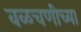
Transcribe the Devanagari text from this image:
वळचणीच्या